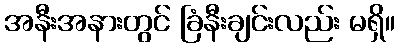
အနီးအနားတွင် ခြံနီးချင်းလည်း မရှိ။